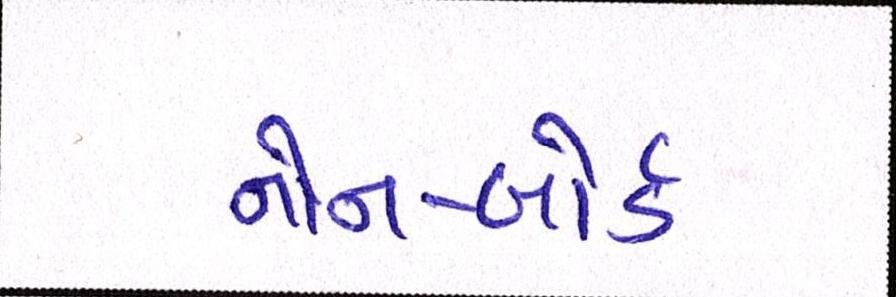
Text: નોન-બોર્ડ